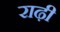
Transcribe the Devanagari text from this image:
राढ़ी